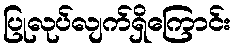
ပြုလုပ်လျက်ရှိကြောင်း